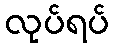
လုပ်ရပ်